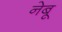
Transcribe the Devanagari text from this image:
नेबू